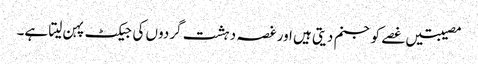
مصیبتیں غصے کو جنم دیتی ہیں اور غصہ دہشت گردوں کی جیکٹ پہن لیتا ہے۔